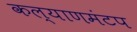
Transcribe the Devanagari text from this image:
कल्याणमंटप